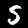
Digit: 5